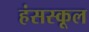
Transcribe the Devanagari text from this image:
हंसस्कूल